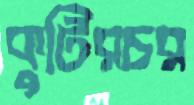
কুটিরচর